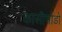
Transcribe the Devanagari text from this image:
कासीमोडो